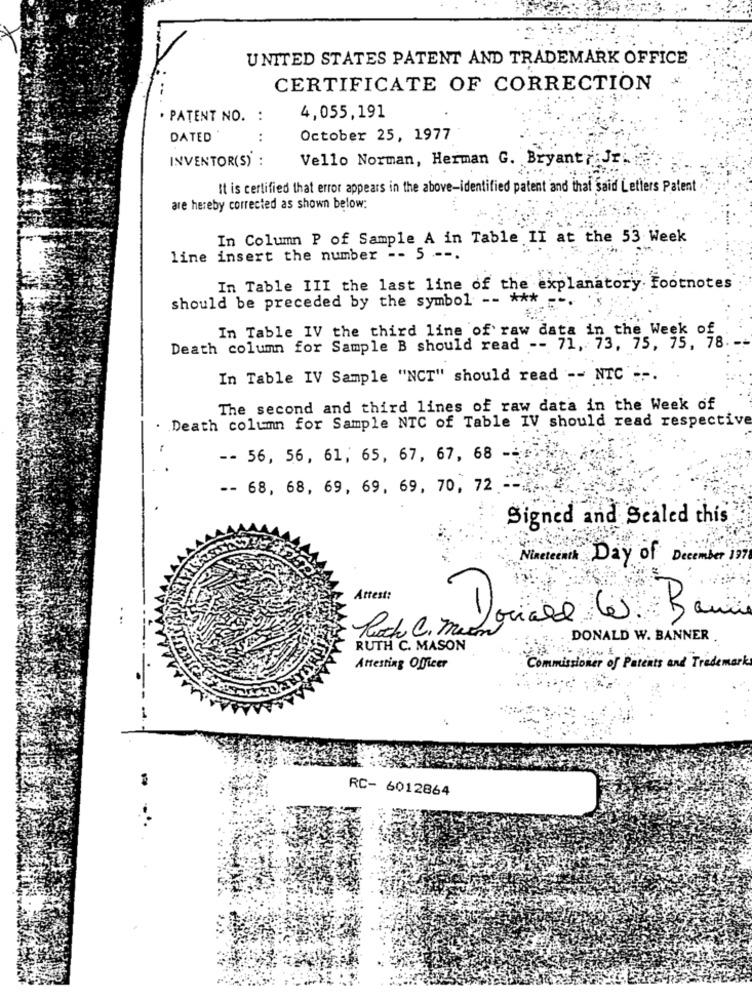
UNITED STATES PATENT AND TRADEMARK OFFICE
CERTIFICATE OF CORRECTION
. PATENT NO. :
4,055,191
DATED
:
October 25, 1977
INVENTOR(S) :
Vello Norman, Herman G. Bryant: Jr.
It is certified that error appears in the above-identified patent and that Said Letters Patent .
are hereby corrected as shown below:
In Column P of Sample A in Table II at the 53 Week
line insert the number -- 5 .--.
In Table III the last line of the explanatory footnotes
should be preceded by the symbol -- ***
In Table IV the third line of raw data in the Week of
Death column for Sample B should read -- 71, 73, 75, 75, 78.
In Table IV Sample "NCT" should read -- NTC' :-.
The second and third lines of raw data in the Week of
Death column for Sample NTC of Table IV should read respective
-
-- 56, 56, 61, 65, 67, 67, 68 --
-- 68, 68, 69, 69, 69, 70, 72
Signed and Sealed this
Nine!
Day of December 199
Attest:
Roch C. maforiare les Bann
DONALD W. BANNER
RUTH C. MASON
Attesting Officer
Commissioner of Patents and Trademark
RC- 6012864